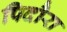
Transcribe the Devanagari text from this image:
पिदौरा